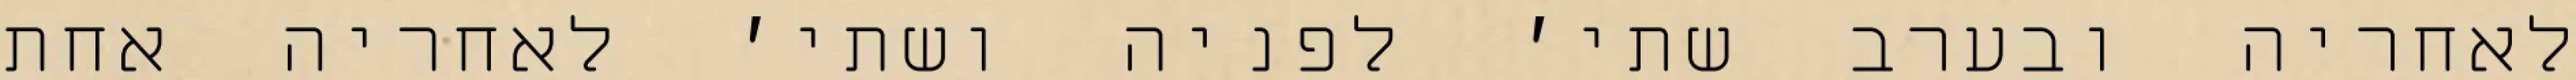
לאחריה ובערב שתי׳ לפניה ושתי׳ לאחריה אחת